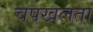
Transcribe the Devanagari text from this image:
चपखलता